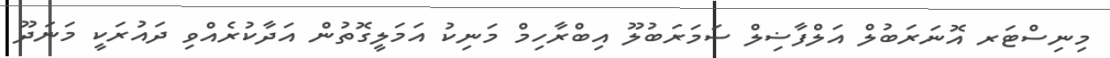
މިނިސްޓަރ އޮނަރަބުލް އަލްފާޟިލް ސަމަރަބުލޫ އިބްރާހިމް މަނިކު އަމަލީގޮތުން އަދާކުރެއްވި ދައުރަކީ މަނަދޫ